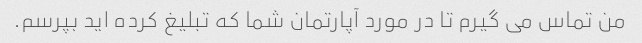
من تماس می گیرم تا در مورد آپارتمان شما که تبلیغ کرده اید بپرسم.